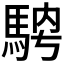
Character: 𩣁